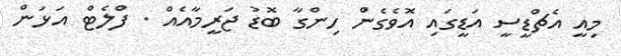
މިއީ އެޗްޑީސީ އަޑީގައި އޮވެގެން ހިންގާ ބޮޑު ޖަރީމާއެއް . ފްލެޓް އަޅަން